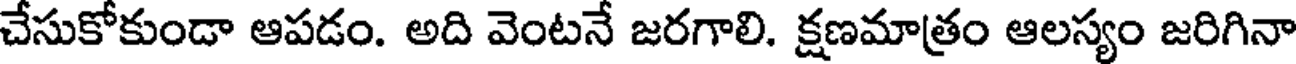
చేసుకోకుండా ఆపడం. అది వెంటనే జరగాలి. క్షణమాత్రం ఆలస్యం జరిగినా